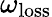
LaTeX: \omega_{\mathrm{loss}}